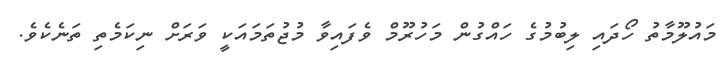
މައުލޫމާތު ހޯދައި ލިބުމުގެ ހައްގުން މަހުރޫމް ވެފައިވާ މުޖުތަމައަކީ ވަރަށް ނިކަމެތި ތަނެކެވެ.